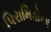
પિરામિડોના